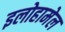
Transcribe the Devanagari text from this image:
इलोहामेल